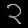
Digit: ၃